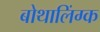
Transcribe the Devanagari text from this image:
बोथालिंग्क